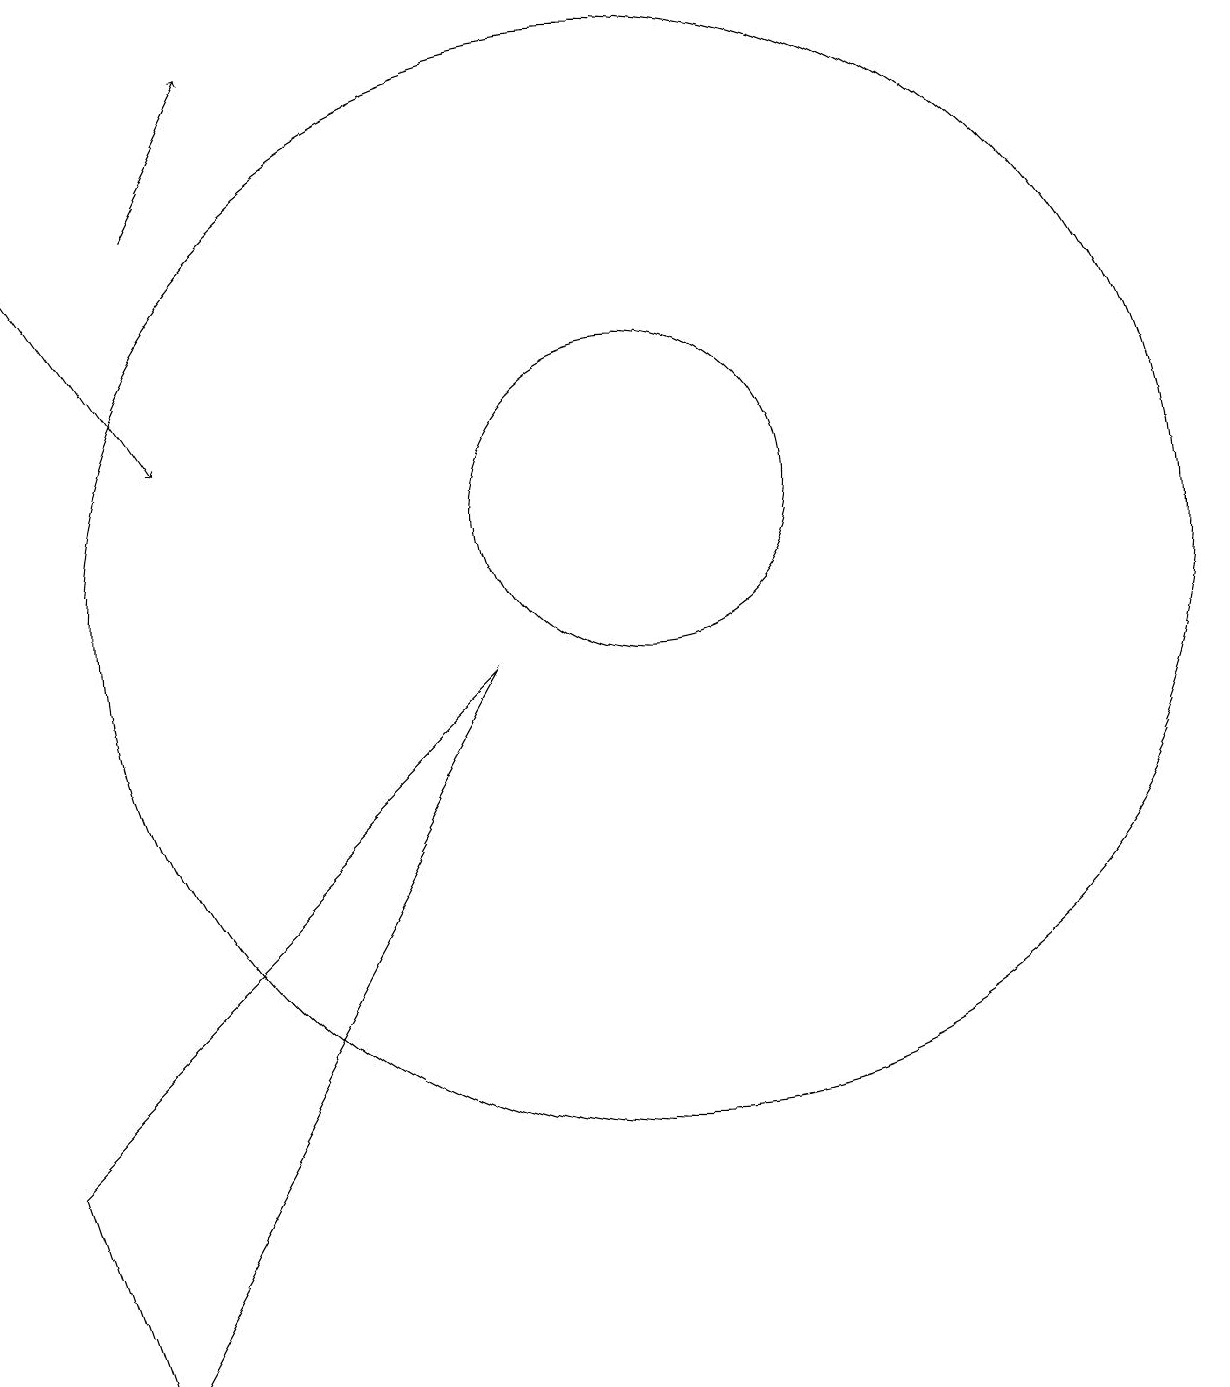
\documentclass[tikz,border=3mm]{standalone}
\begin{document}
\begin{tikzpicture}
\draw[->] (4,15) -- (5,17);
\draw (2,3) -- (3,0) -- (8,9) -- cycle;
\draw (10,10) circle (7);
\draw[->] (2,15) -- (4,12);
\draw (10,11) circle (2);
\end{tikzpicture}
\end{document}